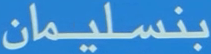
بنسليمان